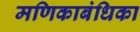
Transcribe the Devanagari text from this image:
मणिकाबंधिका